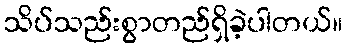
သိပ်သည်းစွာတည်ရှိခဲ့ပါတယ်။